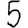
Digit: 5